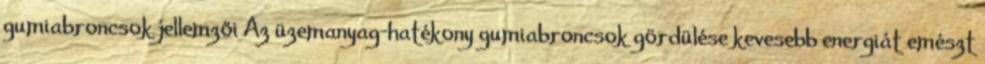
gumiabroncsok jellemzői Az üzemanyag-hatékony gumiabroncsok gördülése kevesebb energiát emészt